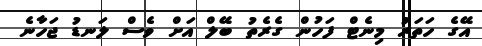
އޭގެ ހަތަރު މިނެޓް ފަހުން ގެރެތު ބޭލް އަށް ވެސް ލަނޑު ޖަހާނެ